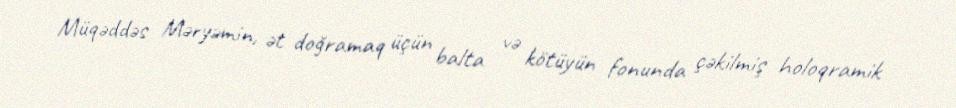
Müqəddəs Məryəmin, ət doğramaq üçün balta və kötüyün fonunda çəkilmiş holoqramik